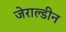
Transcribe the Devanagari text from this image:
जेराल्डीन